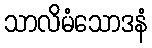
သာလိမံသောဒနံ